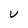
Character: U